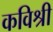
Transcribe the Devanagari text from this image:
कविश्री